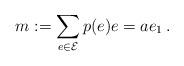
LaTeX: \begin{align*}m:=\sum_{e\in\mathcal{E}}p(e)e=ae_1\,.\end{align*}